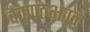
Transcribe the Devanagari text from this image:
वैकुण्ठभवनं